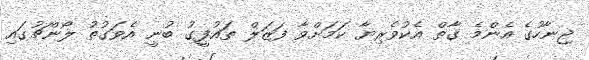
ޖިނާހުގެ އެންމެ ގާތް އެކުވެރިޔާ ކަމަށްވާ ފަޒަލް ތައުފީގު ބުނީ އެވަގުތު ލޯންޗުގައި